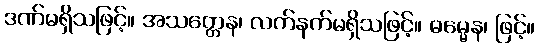
ဒဏ်မရှိသဖြင့်။ အသတ္တေန၊ လက်နက်မရှိသဖြင့်။ ဓမ္မေန၊ ဖြင့်။